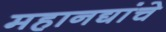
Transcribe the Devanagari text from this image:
महानद्यांचे